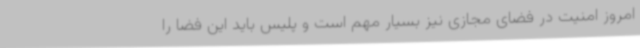
امروز امنیت در فضای مجازی نیز بسیار مهم است و پلیس باید این فضا را